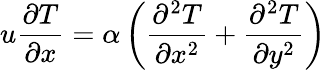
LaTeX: u\frac{\partial T}{\partial x}=\alpha\left(\frac{\partial^{2}T}{\partial x^{2}}+\frac{\partial^{2}T}{\partial y^{2}}\right)